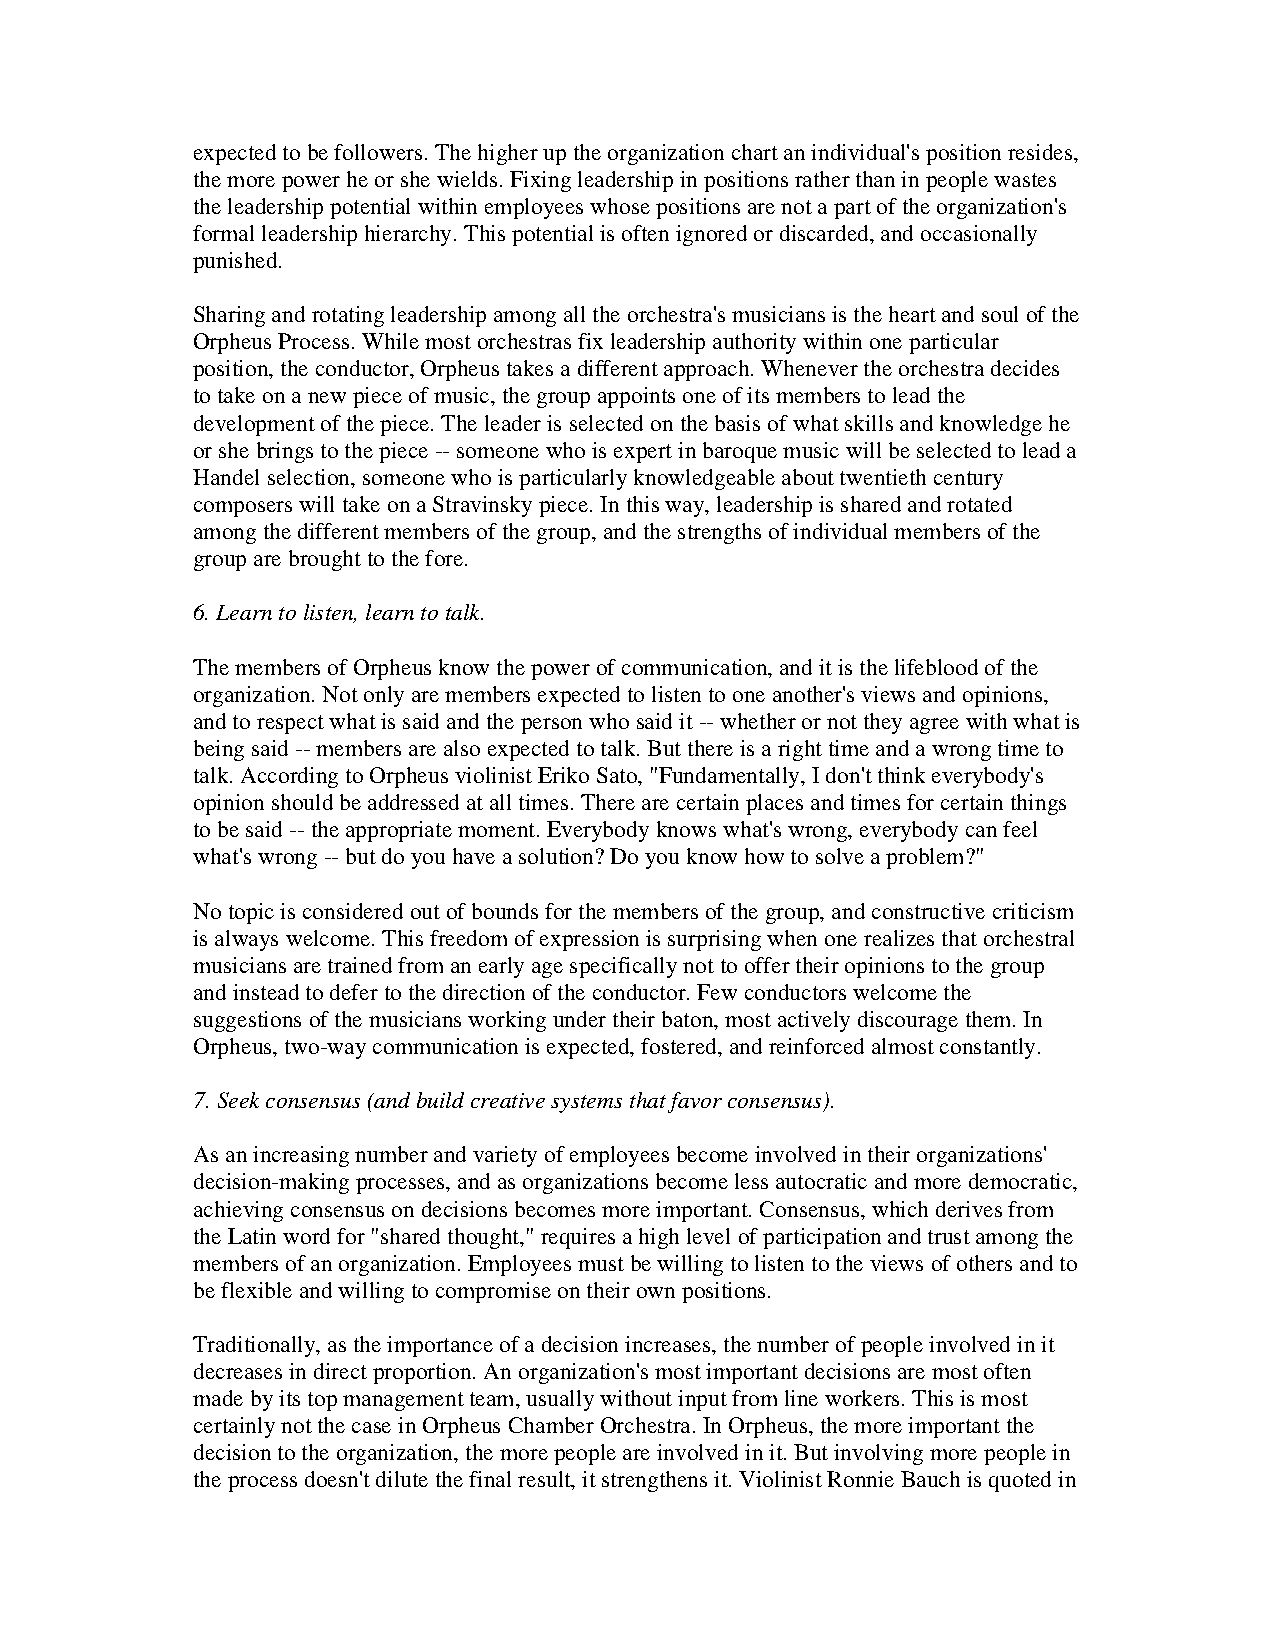
expected to be followers. The higher up the organization chart an individual's position resides,
 the more power he or she wields. Fixing leadership in positions rather than in people wastes
 the leadership potential within employees whose positions are not a part of the organization's
 formal leadership hierarchy. This potential is often ignored or discarded, and occasionally
 punished.
 Sharing and rotating leadership among all the orchestra's musicians is the heart and soul of the
 Orpheus Process. While most orchestras fix leadership authority within one particular
 position, the conductor, Orpheus takes a different approach. Whenever the orchestra decides
 to take on a new piece of music, the group appoints one of its members to lead the
 development of the piece. The leader is selected on the basis of what skills and knowledge he
 or she brings to the piece -- someone who is expert in baroque music will be selected to lead a
 Handel selection, someone who is particularly knowledgeable about twentieth century
 composers will take on a Stravinsky piece. In this way, leadership is shared and rotated
 among the different members of the group, and the strengths of individual members of the
 group are brought to the fore.
 6. Learn to listen, learn to talk.
 The members of Orpheus know the power of communication, and it is the lifeblood of the
 organization. Not only are members expected to listen to one another's views and opinions,
 and to respect what is said and the person who said it -- whether or not they agree with what is
 being said -- members are also expected to talk. But there is a right time and a wrong time to
 talk. According to Orpheus violinist Eriko Sato, "Fundamentally, I don't think everybody's
 opinion should be addressed at all times. There are certain places and times for certain things
 to be said -- the appropriate moment. Everybody knows what's wrong, everybody can feel
 what's wrong -- but do you have a solution? Do you know how to solve a problem?"
 No topic is considered out of bounds for the members of the group, and constructive criticism
 is always welcome. This freedom of expression is surprising when one realizes that orchestral
 musicians are trained from an early age specifically not to offer their opinions to the group
 and instead to defer to the direction of the conductor. Few conductors welcome the
 suggestions of the musicians working under their baton, most actively discourage them. In
 Orpheus, two-way communication is expected, fostered, and reinforced almost constantly.
 7. Seek consensus (and build creative systems that favor consensus).
 As an increasing number and variety of employees become involved in their organizations'
 decision-making processes, and as organizations become less autocratic and more democratic,
 achieving consensus on decisions becomes more important. Consensus, which derives from
 the Latin word for "shared thought," requires a high level of participation and trust among the
 members of an organization. Employees must be willing to listen to the views of others and to
 be flexible and willing to compromise on their own positions.
 Traditionally, as the importance of a decision increases, the number of people involved in it
 decreases in direct proportion. An organization's most important decisions are most often
 made by its top management team, usually without input from line workers. This is most
 certainly not the case in Orpheus Chamber Orchestra. In Orpheus, the more important the
 decision to the organization, the more people are involved in it. But involving more people in
 the process doesn't dilute the final result, it strengthens it. Violinist Ronnie Bauch is quoted in